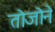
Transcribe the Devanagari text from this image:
तोजोने